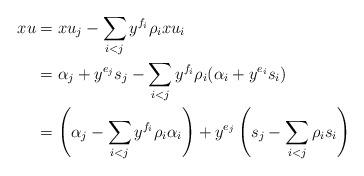
LaTeX: \begin{align*} xu &= xu_j-\sum_{i<j}y^{f_i}\rho_ixu_i\\ &= \alpha_j + y^{e_j}s_j - \sum_{i<j}y^{f_i}\rho_i(\alpha_i+y^{e_i}s_i)\\ &= \left(\alpha_j-\sum_{i<j}y^{f_i}\rho_i\alpha_i\right)+y^{e_j}\left(s_j-\sum_{i<j}\rho_is_i\right)\end{align*}